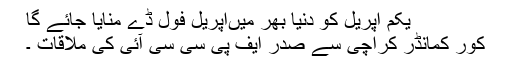
یکم اپریل کو دنیا بھر میںاپریل فول ڈے منایا جائے گا
کور کمانڈر کراچی سے صدر ایف پی سی سی آئی کی ملاقات ۔